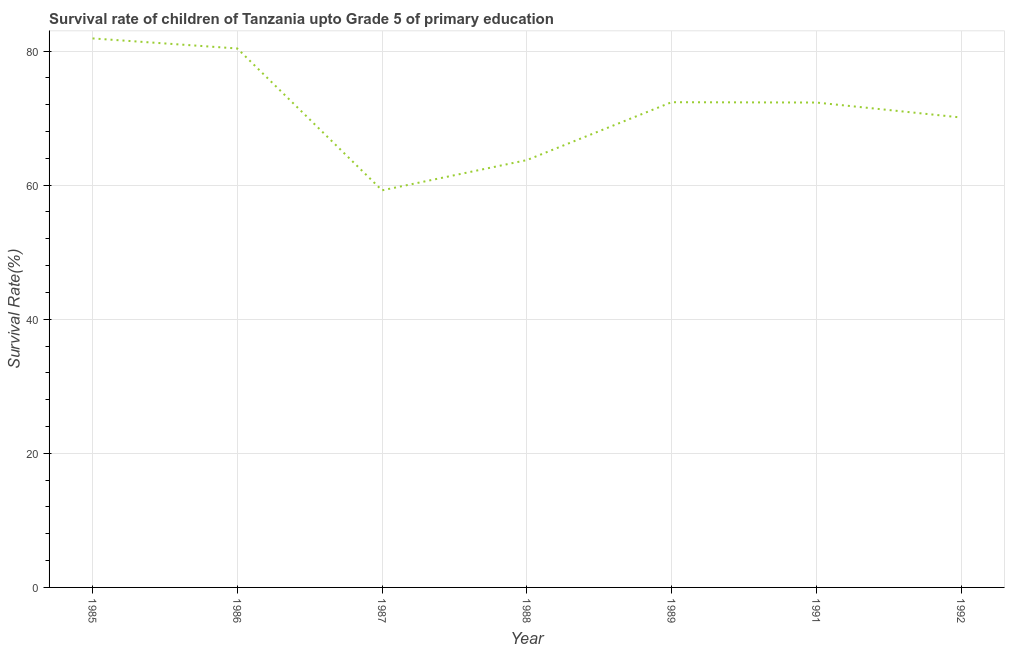
| Year | Survival rate |
 | --- | --- |
 | 1985 | 81.9 |
 | 1986 | 80.4 |
 | 1987 | 59.2 |
 | 1988 | 63.7 |
 | 1989 | 72.4 |
 | 1991 | 72.3 |
 | 1992 | 70.1 |